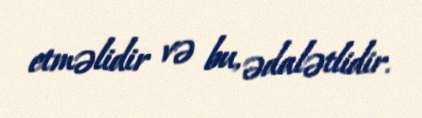
etməlidir və bu, ədalətlidir.